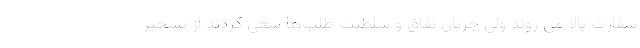
سفارت بالا می روند ولی جریان نفاق و سلطنت طلب‌ها سعی کردند از تسخیر